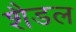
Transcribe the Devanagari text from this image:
शैडल